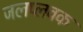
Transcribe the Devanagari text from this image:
जलप्लवक